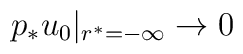
p_*u_0|_{r^*=-\infty} \rightarrow 0